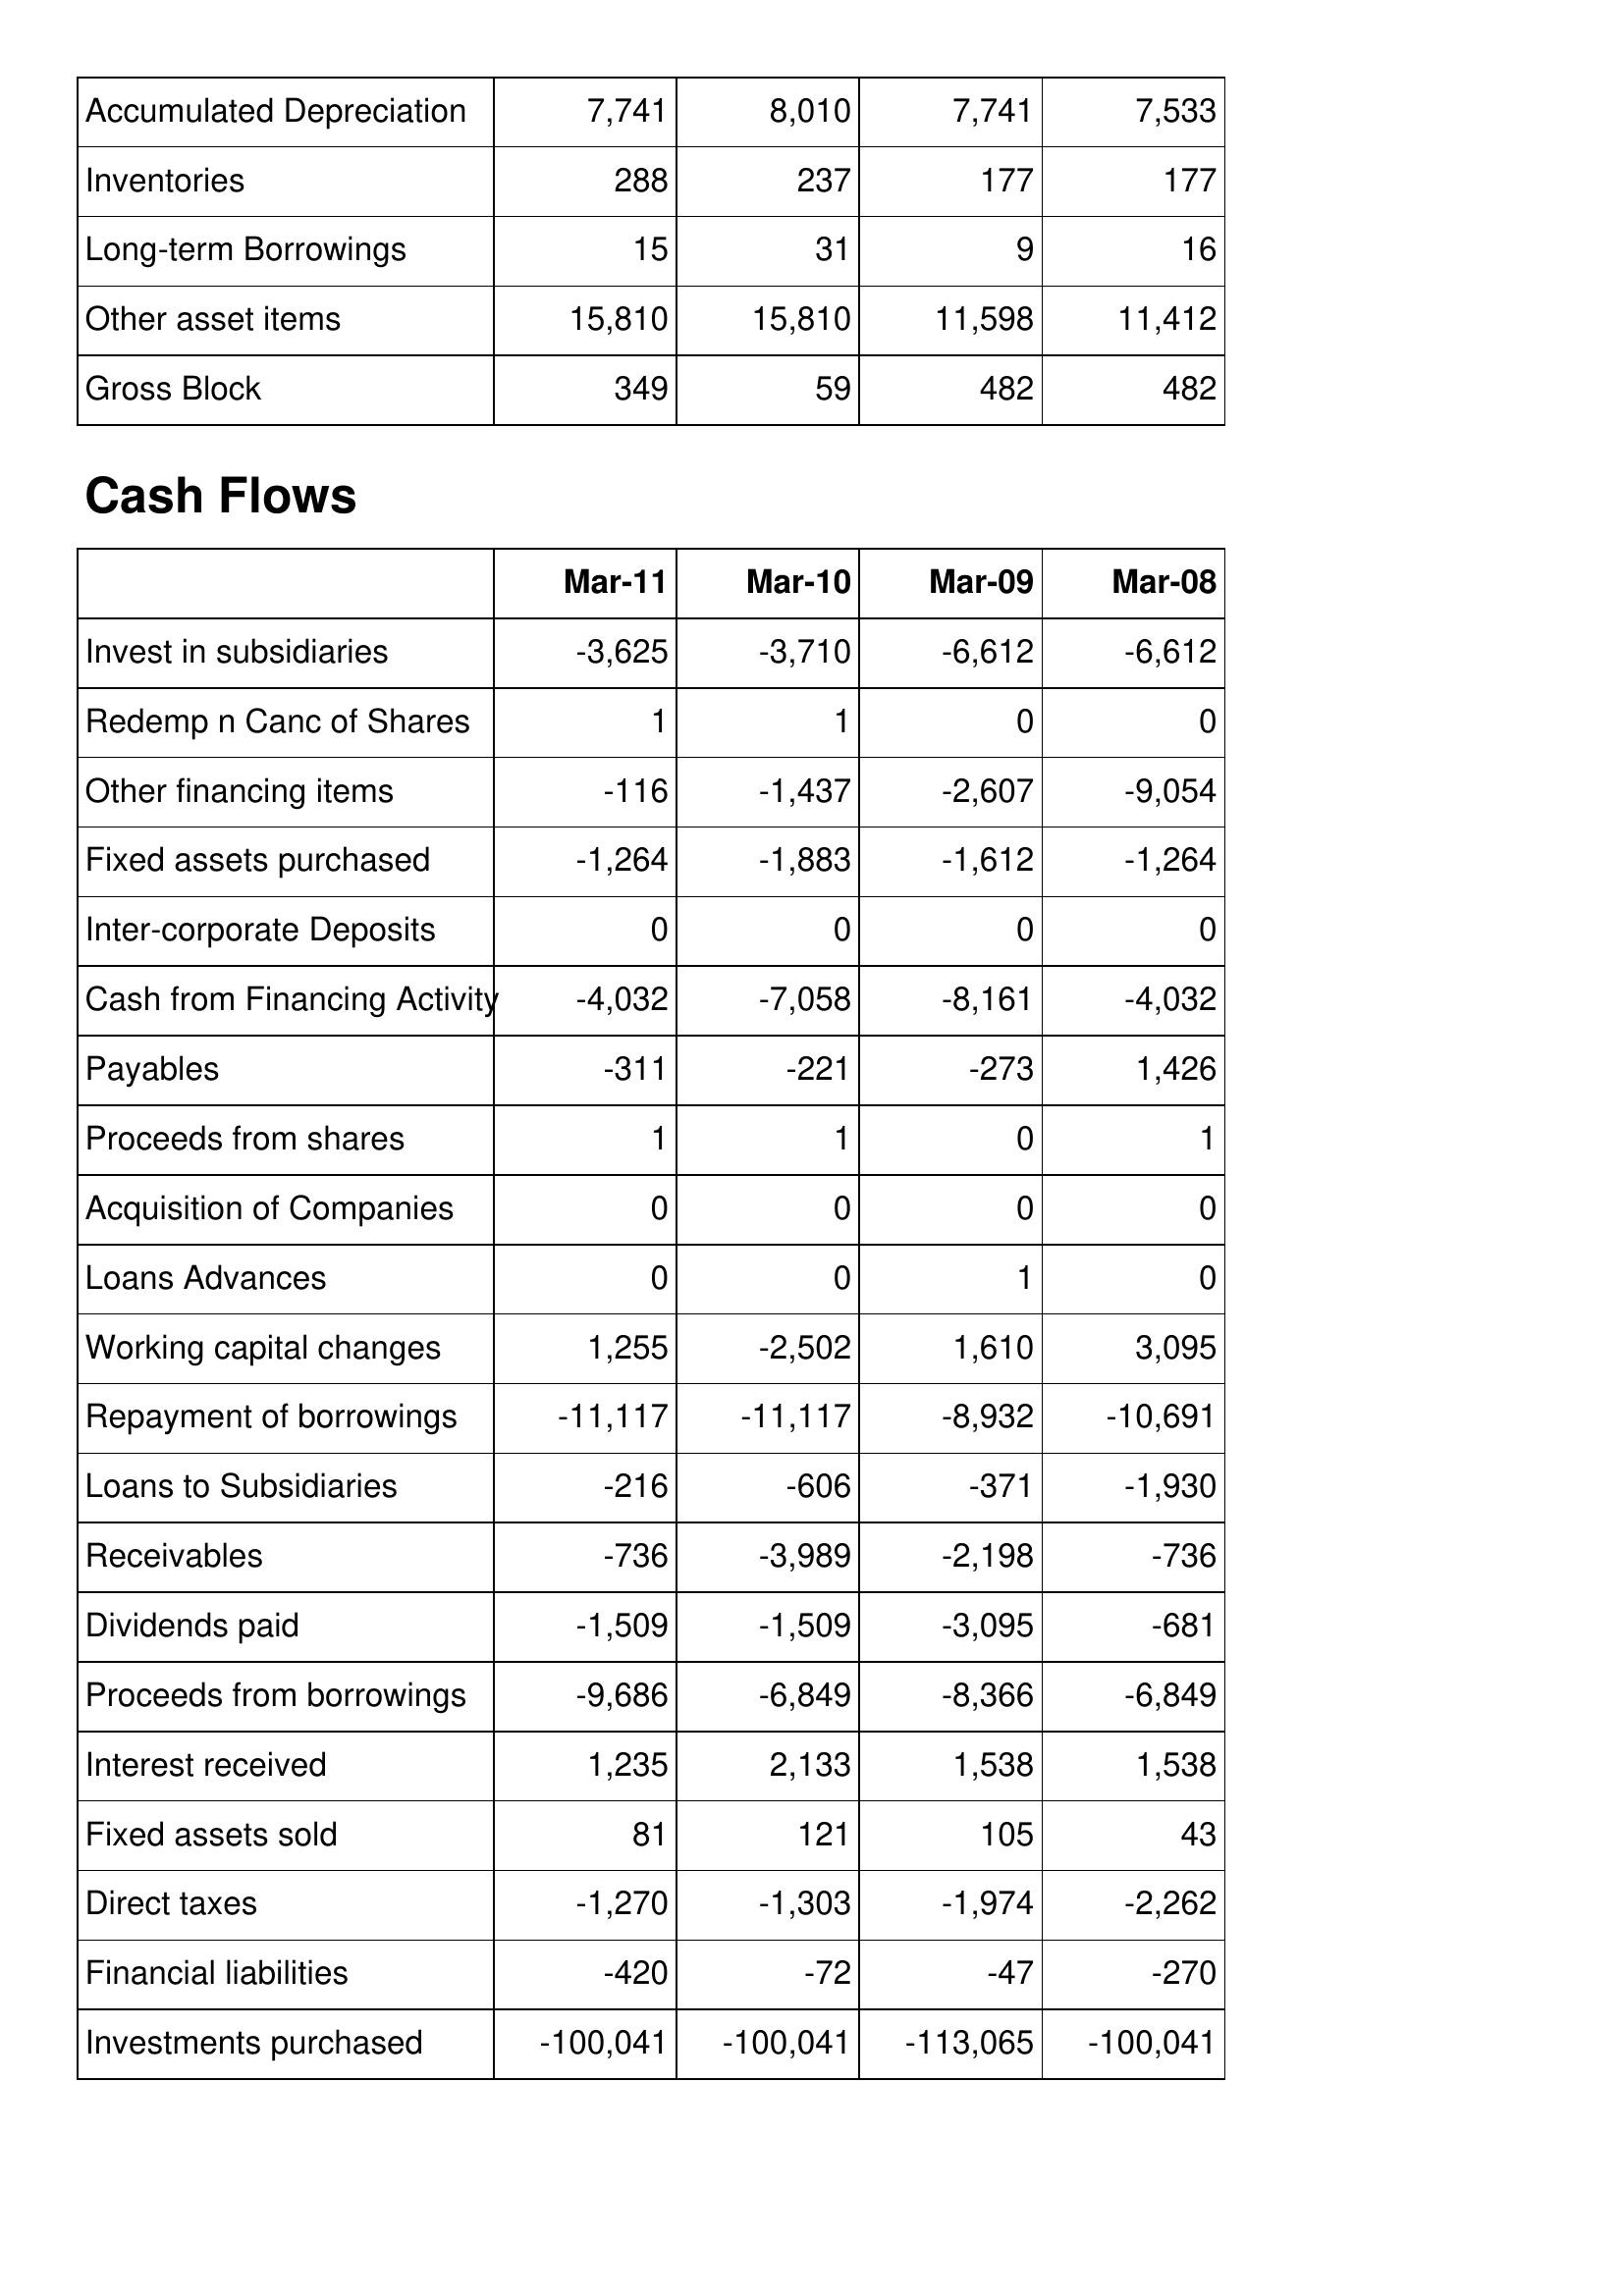
Mar-11: Balance Sheet: Accumulated Depreciation: 7,741
Inventories: 288
Long-term Borrowings: 15
Other asset items: 15,810
Gross Block: 349
Cash Flows: Invest in subsidiaries: -3,625
Redemp n Canc of Shares: 1
Other financing items: -116
Fixed assets purchased: -1,264
Inter-corporate Deposits: 0
Cash from Financing Activity: -4,032
Payables: -311
Proceeds from shares: 1
Acquisition of Companies: 0
Loans Advances: 0
Working capital changes: 1,255
Repayment of borrowings: -11,117
Loans to Subsidiaries: -216
Receivables: -736
Dividends paid: -1,509
Proceeds from borrowings: -9,686
Interest received: 1,235
Fixed assets sold: 81
Direct taxes: -1,270
Financial liabilities: -420
Investments purchased: -100,041
Mar-10: Balance Sheet: Accumulated Depreciation: 8,010
Inventories: 237
Long-term Borrowings: 31
Other asset items: 15,810
Gross Block: 59
Cash Flows: Invest in subsidiaries: -3,710
Redemp n Canc of Shares: 1
Other financing items: -1,437
Fixed assets purchased: -1,883
Inter-corporate Deposits: 0
Cash from Financing Activity: -7,058
Payables: -221
Proceeds from shares: 1
Acquisition of Companies: 0
Loans Advances: 0
Working capital changes: -2,502
Repayment of borrowings: -11,117
Loans to Subsidiaries: -606
Receivables: -3,989
Dividends paid: -1,509
Proceeds from borrowings: -6,849
Interest received: 2,133
Fixed assets sold: 121
Direct taxes: -1,303
Financial liabilities: -72
Investments purchased: -100,041
Mar-09: Balance Sheet: Accumulated Depreciation: 7,741
Inventories: 177
Long-term Borrowings: 9
Other asset items: 11,598
Gross Block: 482
Cash Flows: Invest in subsidiaries: -6,612
Redemp n Canc of Shares: 0
Other financing items: -2,607
Fixed assets purchased: -1,612
Inter-corporate Deposits: 0
Cash from Financing Activity: -8,161
Payables: -273
Proceeds from shares: 0
Acquisition of Companies: 0
Loans Advances: 1
Working capital changes: 1,610
Repayment of borrowings: -8,932
Loans to Subsidiaries: -371
Receivables: -2,198
Dividends paid: -3,095
Proceeds from borrowings: -8,366
Interest received: 1,538
Fixed assets sold: 105
Direct taxes: -1,974
Financial liabilities: -47
Investments purchased: -113,065
Mar-08: Balance Sheet: Accumulated Depreciation: 7,533
Inventories: 177
Long-term Borrowings: 16
Other asset items: 11,412
Gross Block: 482
Cash Flows: Invest in subsidiaries: -6,612
Redemp n Canc of Shares: 0
Other financing items: -9,054
Fixed assets purchased: -1,264
Inter-corporate Deposits: 0
Cash from Financing Activity: -4,032
Payables: 1,426
Proceeds from shares: 1
Acquisition of Companies: 0
Loans Advances: 0
Working capital changes: 3,095
Repayment of borrowings: -10,691
Loans to Subsidiaries: -1,930
Receivables: -736
Dividends paid: -681
Proceeds from borrowings: -6,849
Interest received: 1,538
Fixed assets sold: 43
Direct taxes: -2,262
Financial liabilities: -270
Investments purchased: -100,041